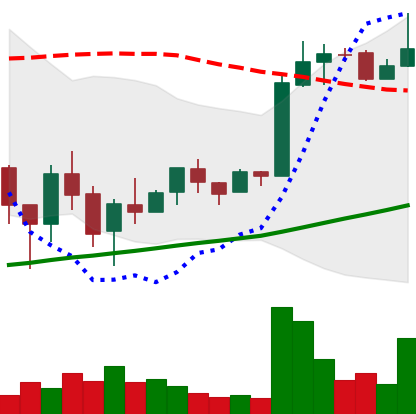
Ticker: LTC-USD
Chart end date: 2018-02-20
Forward return: -5.315%
Label: down_5_7